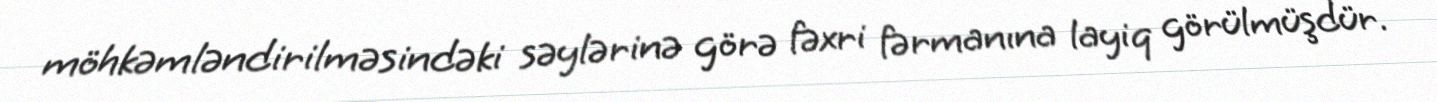
möhkəmləndirilməsindəki səylərinə görə fəxri fərmanına layiq görülmüşdür.